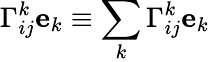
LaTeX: \Gamma_{ij}^{k}\mathbf{e}_{k}\equiv\sum_{k}\Gamma_{ij}^{k}\mathbf{e}_{k}